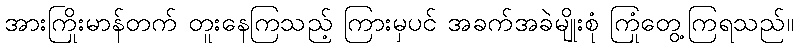
အားကြိုးမာန်တက် တူးနေကြသည့် ကြားမှပင် အခက်အခဲမျိုးစုံ ကြုံတွေ့ကြရသည်။